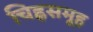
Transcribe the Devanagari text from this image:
चिह्नसमूह